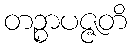
တဉ္စာပဇ္ဇတိ